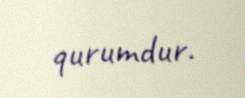
qurumdur.